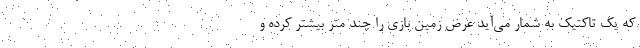
که یک تاکتیک به شمار می‌آید عرض زمین بازی را چند متر بیشتر کرده و